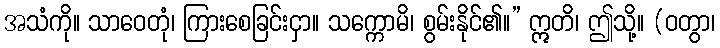
အသံကို။ သာဝေတုံ၊ ကြားစေခြင်းငှာ။ သက္ကောမိ၊ စွမ်းနိုင်၏။” ဣတိ၊ ဤသို့။ (ဝတွာ၊